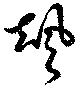
颯